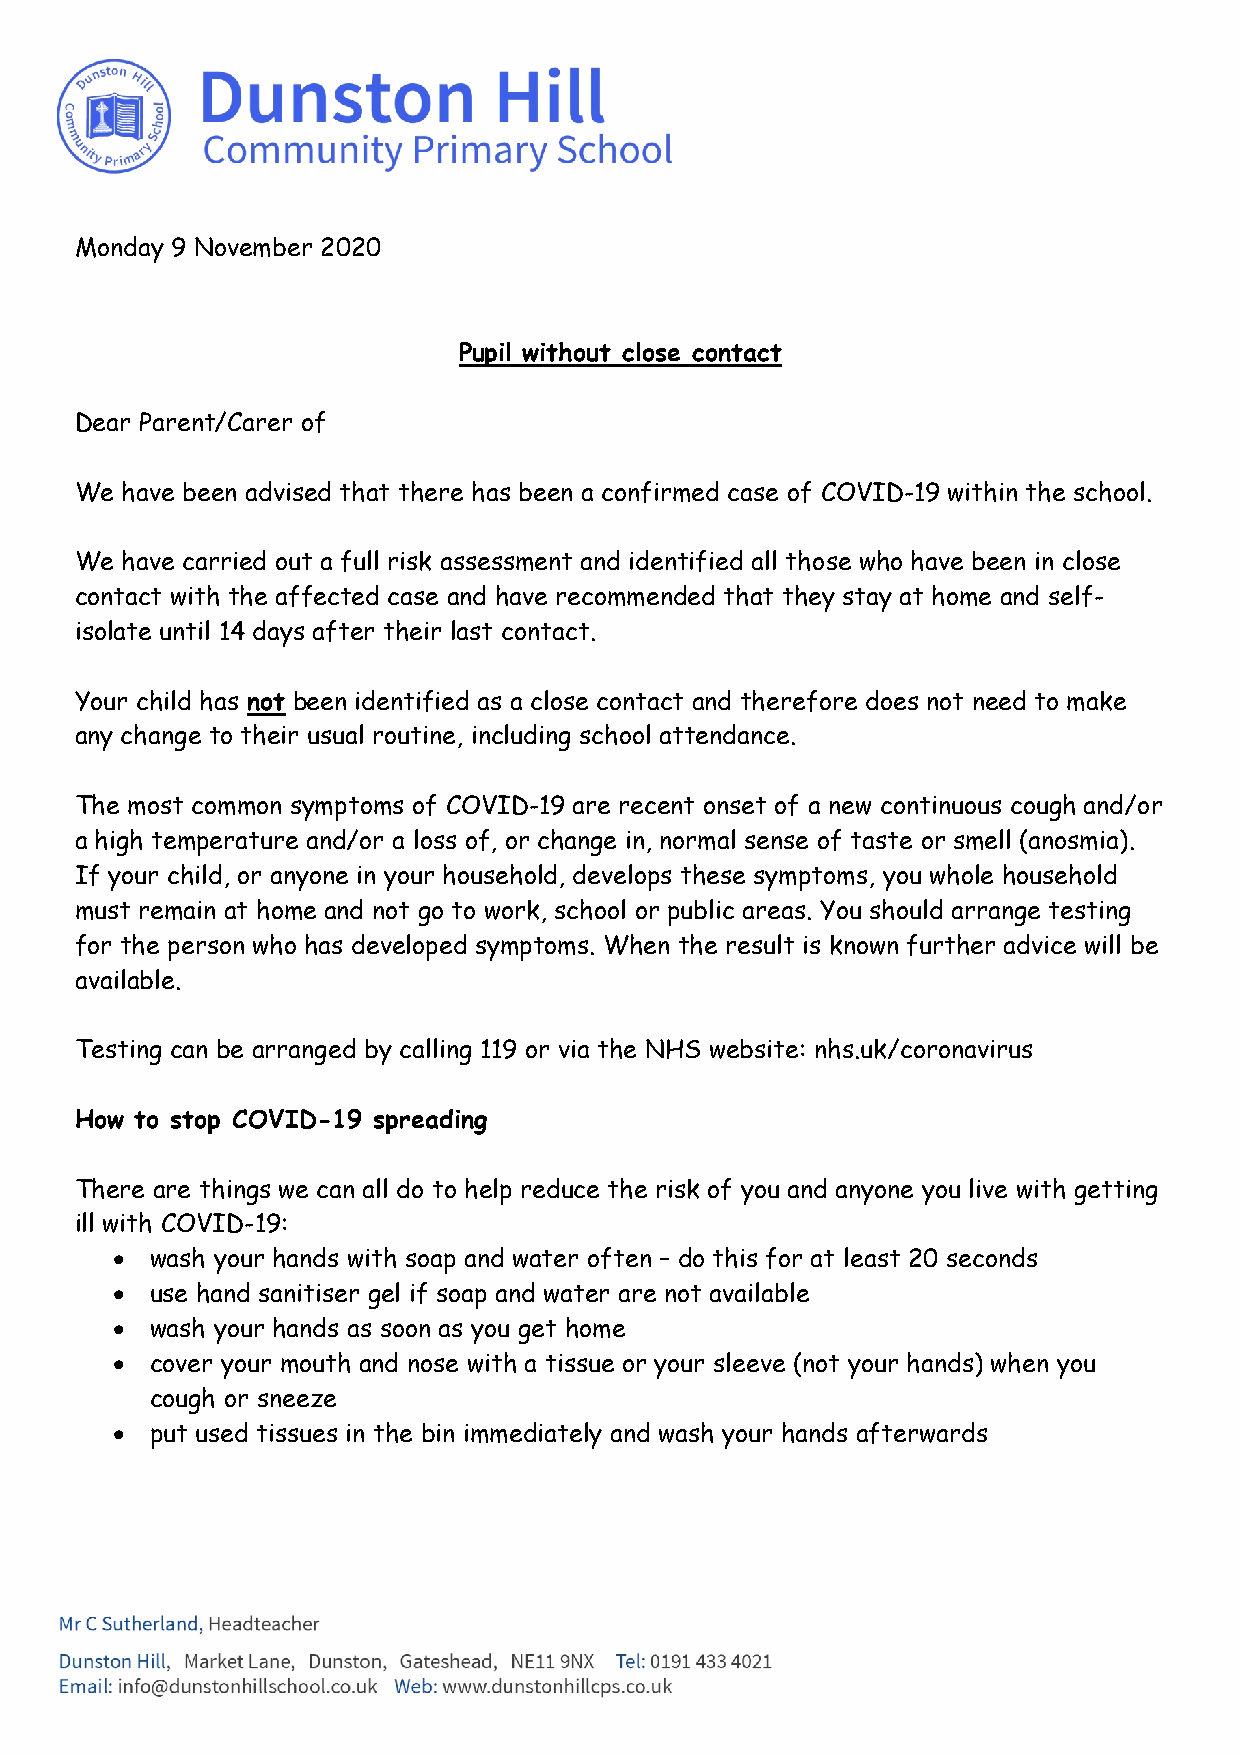
Monday 9 November 2020
 Pupil without close contact
 Dear Parent/Carer of
 We have been advised that there has been a confirmed case of COVID-19 within the school.
 We have carried out a full risk assessment and identified all those who have been in close
 contact with the affected case and have recommended that they stay at home and self-
 isolate until 14 days after their last contact.
 Your child has not been identified as a close contact and therefore does not need to make
 any change to their usual routine, including school attendance.
 The most common symptoms of COVID-19 are recent onset of a new continuous cough and/or
 a high temperature and/or a loss of, or change in, normal sense of taste or smell (anosmia).
 If your child, or anyone in your household, develops these symptoms, you whole household
 must remain at home and not go to work, school or public areas. You should arrange testing
 for the person who has developed symptoms. When the result is known further advice will be
 available.
 Testing can be arranged by calling 119 or via the NHS website: nhs.uk/coronavirus
 How to stop COVID-19 spreading
 There are things we can all do to help reduce the risk of you and anyone you live with getting
 ill with COVID-19:
 •  wash your hands with soap and water often – do this for at least 20 seconds
 •  use hand sanitiser gel if soap and water are not available
 •  wash your hands as soon as you get home
 •  cover your mouth and nose with a tissue or your sleeve (not your hands) when you
 cough or sneeze
 •  put used tissues in the bin immediately and wash your hands afterwards